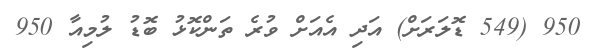
950 (549 ޑޮލަރަށް) އަދި އެއަށް ވުރެ ތަންކޮޅު ބޮޑު ލުމިއާ 950